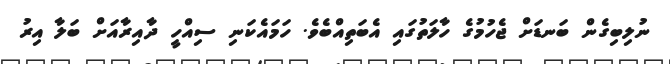
ނުލިބިގެން ބަނޑަށް ޖެހުމުގެ ހާލަތުގައި އެބަތިއްބެވެ. ހަމައެކަނި ސިއްހީ ދާއިރާއަށް ބަލާ އިރު